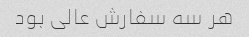
هر سه سفارش عالی بود